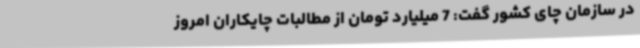
در سازمان چای کشور گفت: 7 میلیارد تومان از مطالبات چایکاران امروز